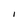
Character: I